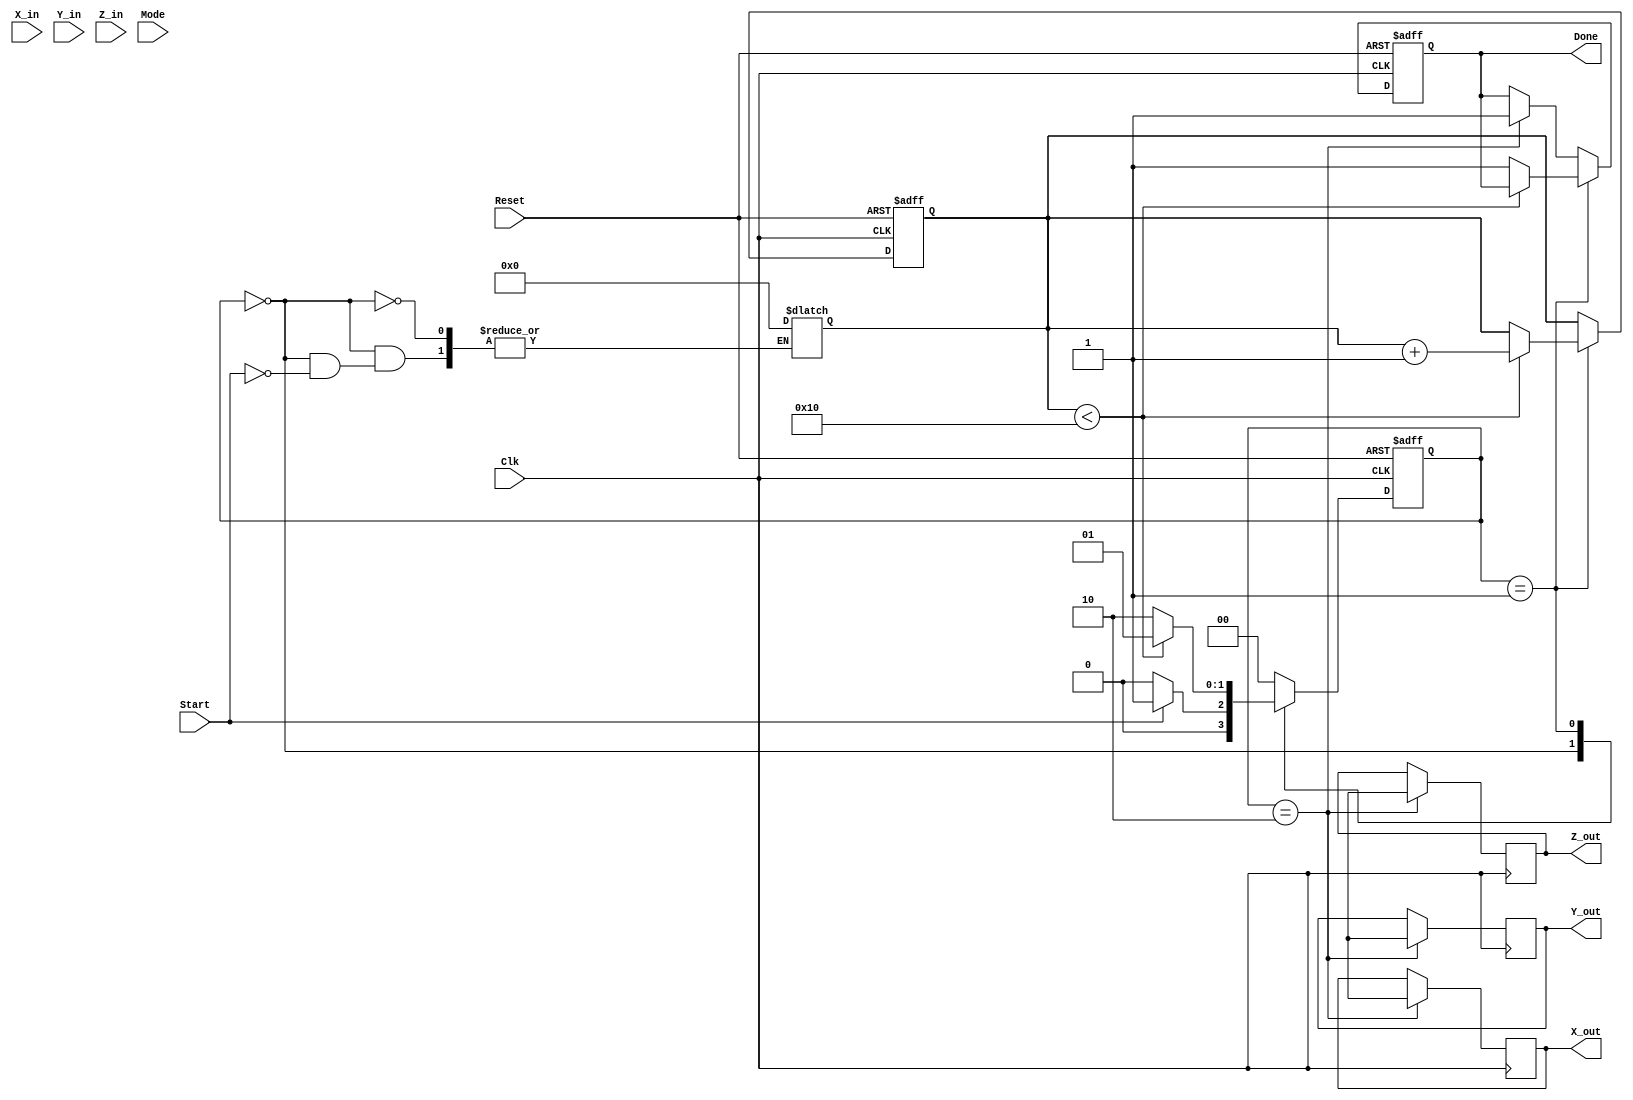
module cordic_arithmetic_block (
    input wire signed [15:0] X_in,      // Input vector X
    input wire signed [15:0] Y_in,      // Input vector Y
    input wire signed [15:0] Z_in,      // Angle of rotation
    input wire [1:0] Mode,              // Operation mode (00: rotation, 01: vectoring, 10: hyperbolic)
    input wire Start,                    // Control signal to initiate computation
    input wire Clk,                      // Clock signal
    input wire Reset,                    // Asynchronous reset signal
    output reg signed [15:0] X_out,     // Output vector X
    output reg signed [15:0] Y_out,     // Output vector Y
    output reg signed [15:0] Z_out,     // Result of the angle
    output reg Done                      // Signal indicating completion
);

    // Parameters
    parameter NUM_ITERATIONS = 16;      // Number of iterations for CORDIC
    parameter [15:0] K = 16'h26DD;       // Scaling factor (fixed-point representation)

    // Internal signals
    reg signed [15:0] X [0:NUM_ITERATIONS-1];
    reg signed [15:0] Y [0:NUM_ITERATIONS-1];
    reg signed [15:0] Z [0:NUM_ITERATIONS-1];
    reg [3:0] iteration_count;           // Iteration counter
    reg [1:0] state;                     // FSM state
    reg [1:0] next_state;                // Next state for FSM

    // Arctangent lookup table
    reg signed [15:0] atan_table [0:NUM_ITERATIONS-1];
    initial begin
        // Initialize arctangent values (fixed-point representation)
        atan_table[0] = 16'h2000; // atan(2^0)
        atan_table[1] = 16'h1000; // atan(2^-1)
        atan_table[2] = 16'h0800; // atan(2^-2)
        atan_table[3] = 16'h0400; // atan(2^-3)
        atan_table[4] = 16'h0200; // atan(2^-4)
        atan_table[5] = 16'h0100; // atan(2^-5)
        atan_table[6] = 16'h0080; // atan(2^-6)
        atan_table[7] = 16'h0040; // atan(2^-7)
        atan_table[8] = 16'h0020; // atan(2^-8)
        atan_table[9] = 16'h0010; // atan(2^-9)
        atan_table[10] = 16'h0008; // atan(2^-10)
        atan_table[11] = 16'h0004; // atan(2^-11)
        atan_table[12] = 16'h0002; // atan(2^-12)
        atan_table[13] = 16'h0001; // atan(2^-13)
        atan_table[14] = 16'h0001; // atan(2^-14)
        atan_table[15] = 16'h0000; // atan(2^-15)
    end

    // FSM states
    localparam IDLE = 2'b00;
    localparam COMPUTE = 2'b01;
    localparam DONE_STATE = 2'b10;

    // FSM for control logic
    always @(posedge Clk or posedge Reset) begin
        if (Reset) begin
            state <= IDLE;
            iteration_count <= 0;
            Done <= 0;
        end else begin
            state <= next_state;
            if (state == COMPUTE) begin
                if (iteration_count < NUM_ITERATIONS) begin
                    iteration_count <= iteration_count + 1;
                end else begin
                    Done <= 1;
                end
            end else if (state == DONE_STATE) begin
                Done <= 1;
            end
        end
    end

    // Next state logic
    always @(*) begin
        case (state)
            IDLE: begin
                if (Start) begin
                    next_state = COMPUTE;
                    X[0] = X_in;
                    Y[0] = Y_in;
                    Z[0] = Z_in;
                    iteration_count = 0;
                end else begin
                    next_state = IDLE;
                end
            end
            COMPUTE: begin
                if (iteration_count < NUM_ITERATIONS) begin
                    next_state = COMPUTE;
                end else begin
                    next_state = DONE_STATE;
                end
            end
            DONE_STATE: begin
                next_state = IDLE;
            end
            default: next_state = IDLE;
        endcase
    end

    // CORDIC computation logic
    always @(posedge Clk) begin
        if (state == COMPUTE) begin
            // Perform CORDIC rotation or vectoring based on Mode
            case (Mode)
                2'b00: begin // Rotation mode
                    if (Z[iteration_count] < 0) begin
                        X[iteration_count + 1] = X[iteration_count] + (Y[iteration_count] >>> iteration_count);
                        Y[iteration_count + 1] = Y[iteration_count] - (X[iteration_count] >>> iteration_count);
                        Z[iteration_count + 1] = Z[iteration_count] + atan_table[iteration_count];
                    end else begin
                        X[iteration_count + 1] = X[iteration_count] - (Y[iteration_count] >>> iteration_count);
                        Y[iteration_count + 1] = Y[iteration_count] + (X[iteration_count] >>> iteration_count);
                        Z[iteration_count + 1] = Z[iteration_count] - atan_table[iteration_count];
                    end
                end
                2'b01: begin // Vectoring mode
                    // Vectoring logic can be implemented here
                end
                2'b10: begin // Hyperbolic mode
                    // Hyperbolic logic can be implemented here
                end
            endcase
        end
    end

    // Output assignment
    always @(posedge Clk) begin
        if (state == DONE_STATE) begin
            X_out <= X[NUM_ITERATIONS];
            Y_out <= Y[NUM_ITERATIONS];
            Z_out <= Z[NUM_ITERATIONS];
        end
    end

endmodule